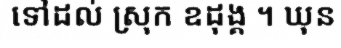
ទៅដល់ ស្រុក ឧដុង្គ ។ ឃុន